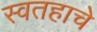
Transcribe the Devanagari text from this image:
स्वतहाचे